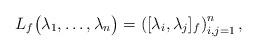
LaTeX: \begin{align*}L_f\bigl(\lambda_1,\dots,\lambda_n\bigr)= \left([\lambda_i,\lambda_j]_f\right)_{i,j=1}^n ,\end{align*}